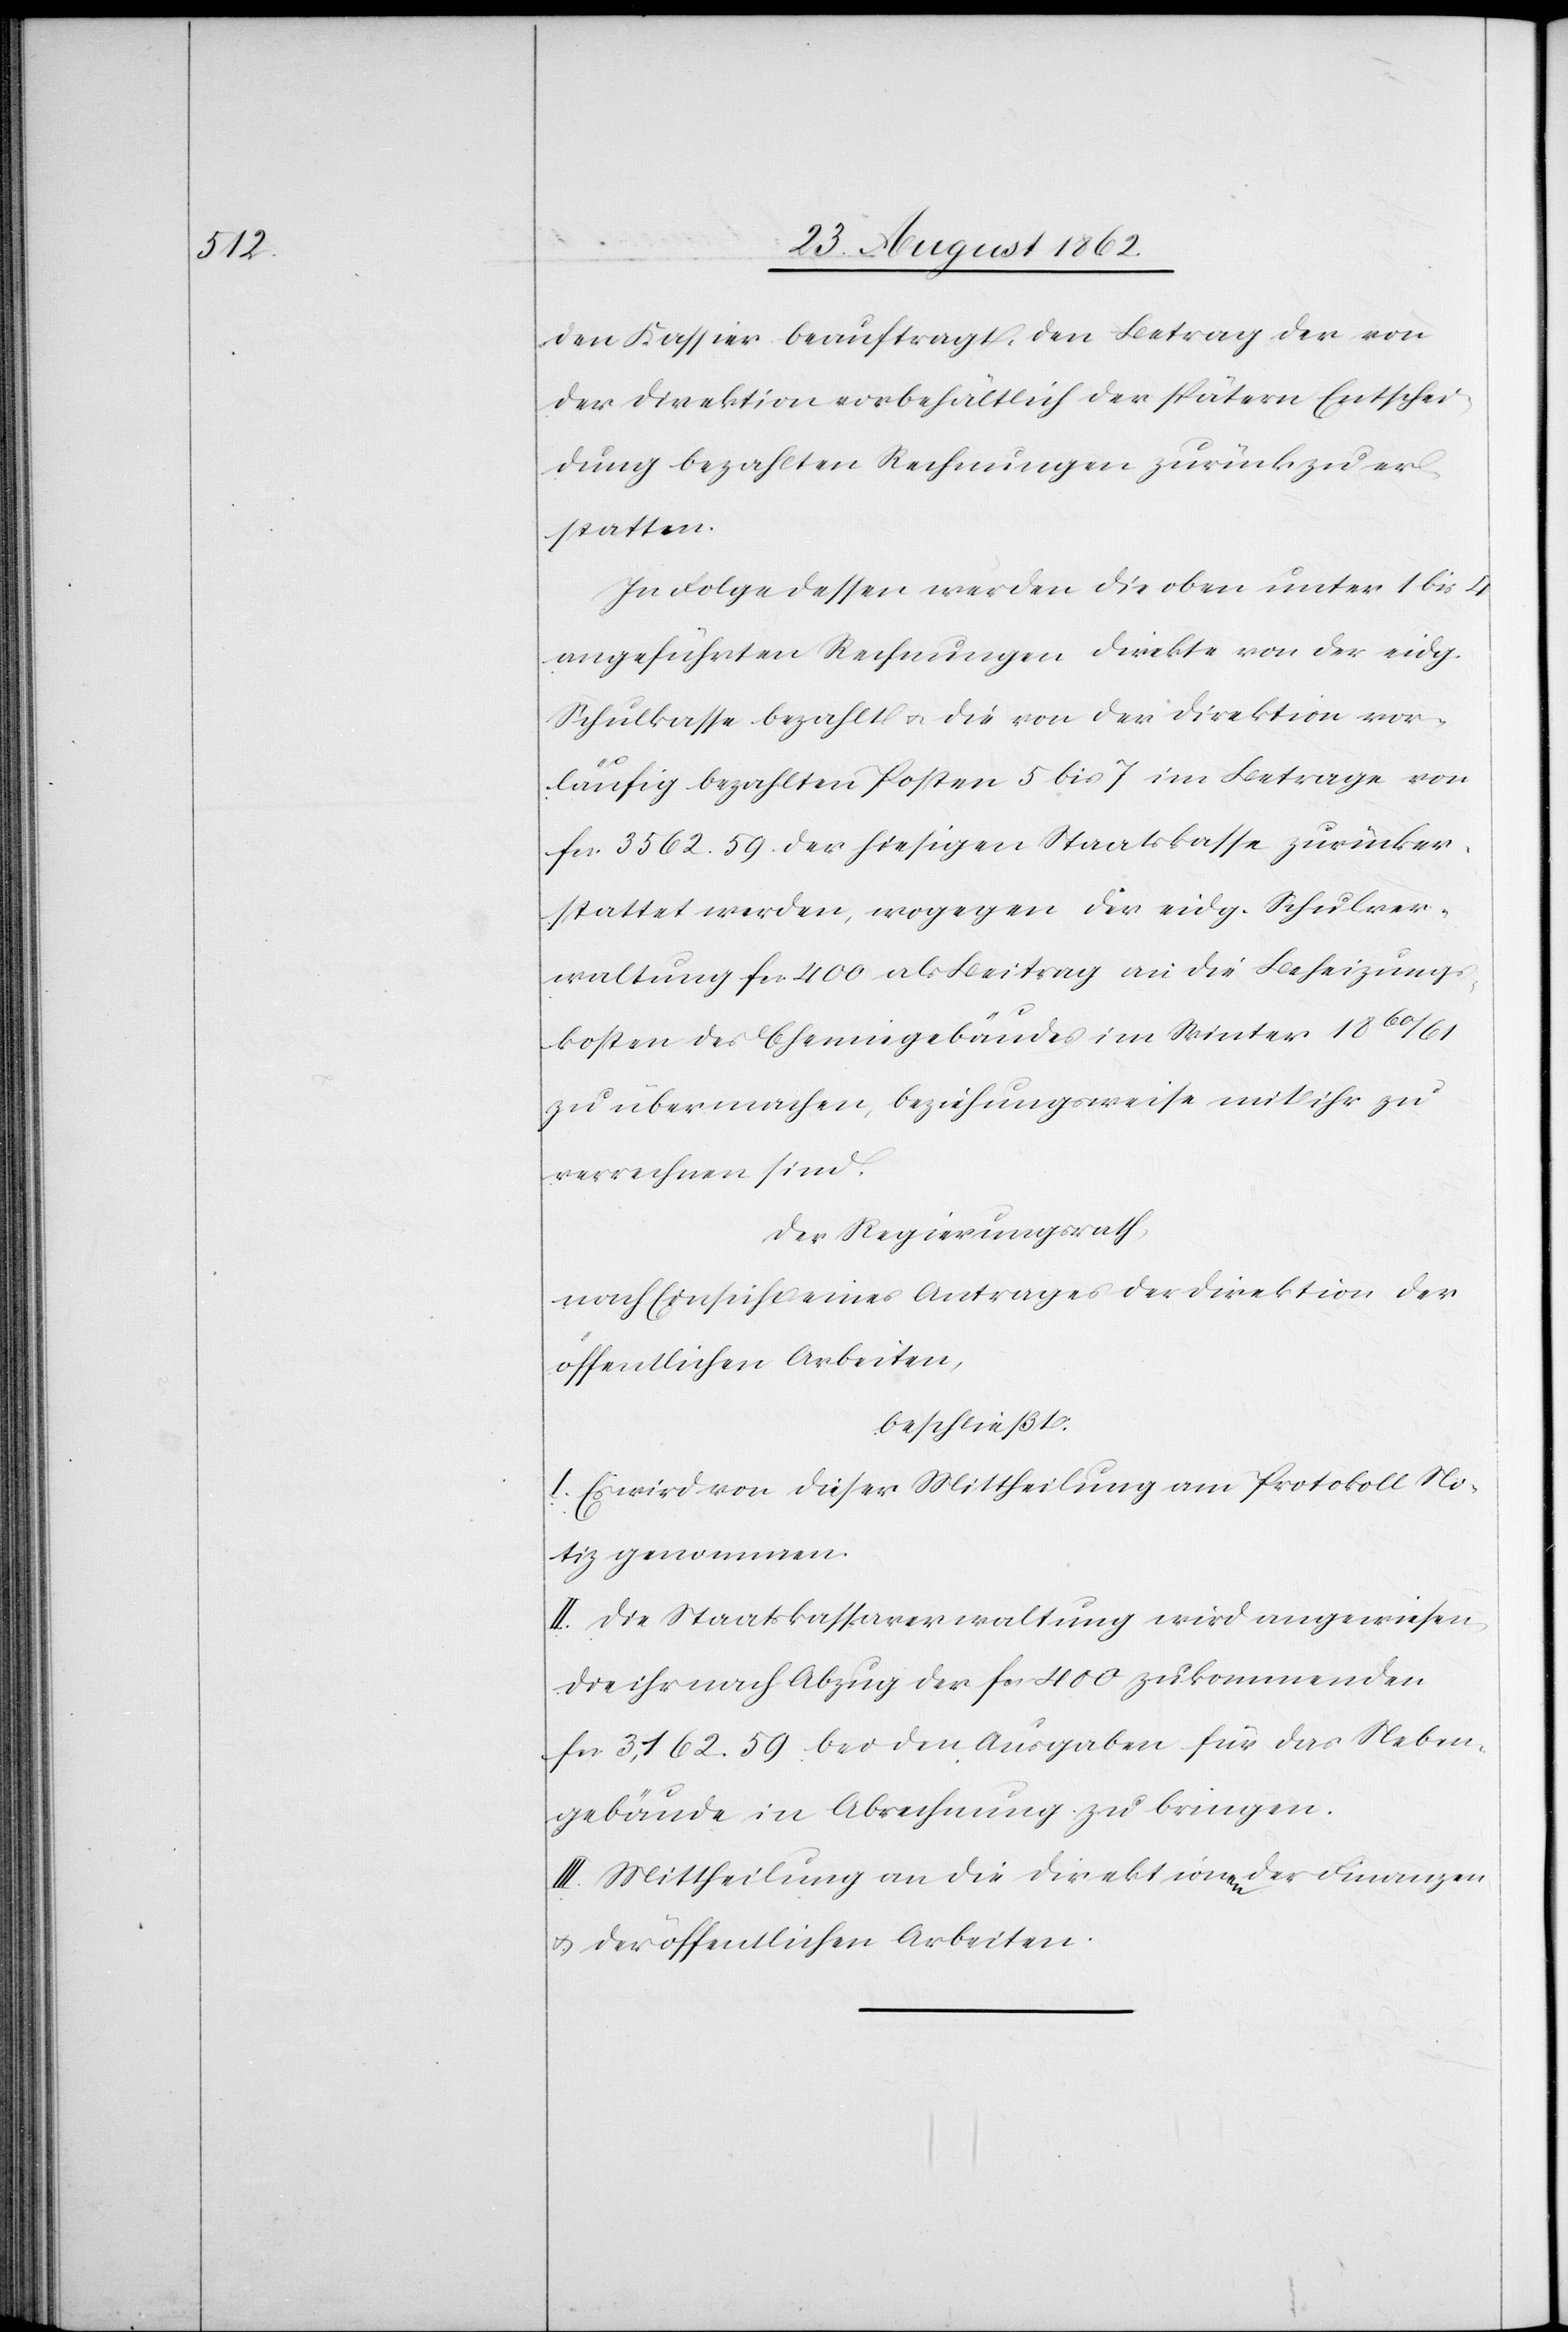
den Kassier beauftragt, den Betrag der von
der Direktion vorbehältlich der spätern Entschei¬
dung bezahlten Rechnungen zurück zu er¬
statten.
In Folge dessen werden die oben unter 1 bis 4
angeführten Rechnungen direkte von der eidg.
Schulkasse bezahlt u. die von der Direktion vor¬
läufig bezahlten Posten 5 bis 7 im Betrage von
fcs. 3562. 59 der hiesigen Staatskasse zurücker¬
stattet werden, wogegen die eidg. Schulver¬
waltung fcs. 400 als Beitrag an die Beheizungs¬
kosten des Chemiegebäudes im Winter 1860/61
zu übermachen, beziehungsweise mit ihr zu
verrechnen sind.
Der Regierungsrath,
nach Einsicht eines Antrages der Direktion der
öffentlichen Arbeiten,
beschließt:
I. Es wird von dieser Mittheilung am Protokoll No¬
tiz genommen.
II. Die Staatskassaverwaltung wird angewiesen,
die ihr nach Abzug der fcs. 400 zukommenden
fcs. 3,162. 59 bei den Ausgaben für das Neben¬
gebäude in Abrechnung zu bringen.
III. Mittheilung an die Direktionen der Finanzen
u. der öffentlichen Arbeiten.